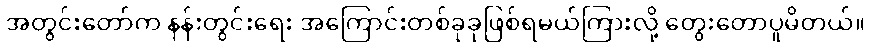
အတွင်းတော်က နန်းတွင်းရေး အကြောင်းတစ်ခုခုဖြစ်ရမယ်ကြားလို့ တွေးတောပူမိတယ်။